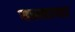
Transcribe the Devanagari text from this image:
यस्नाया